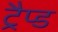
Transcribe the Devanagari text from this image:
ट्रैप्ड